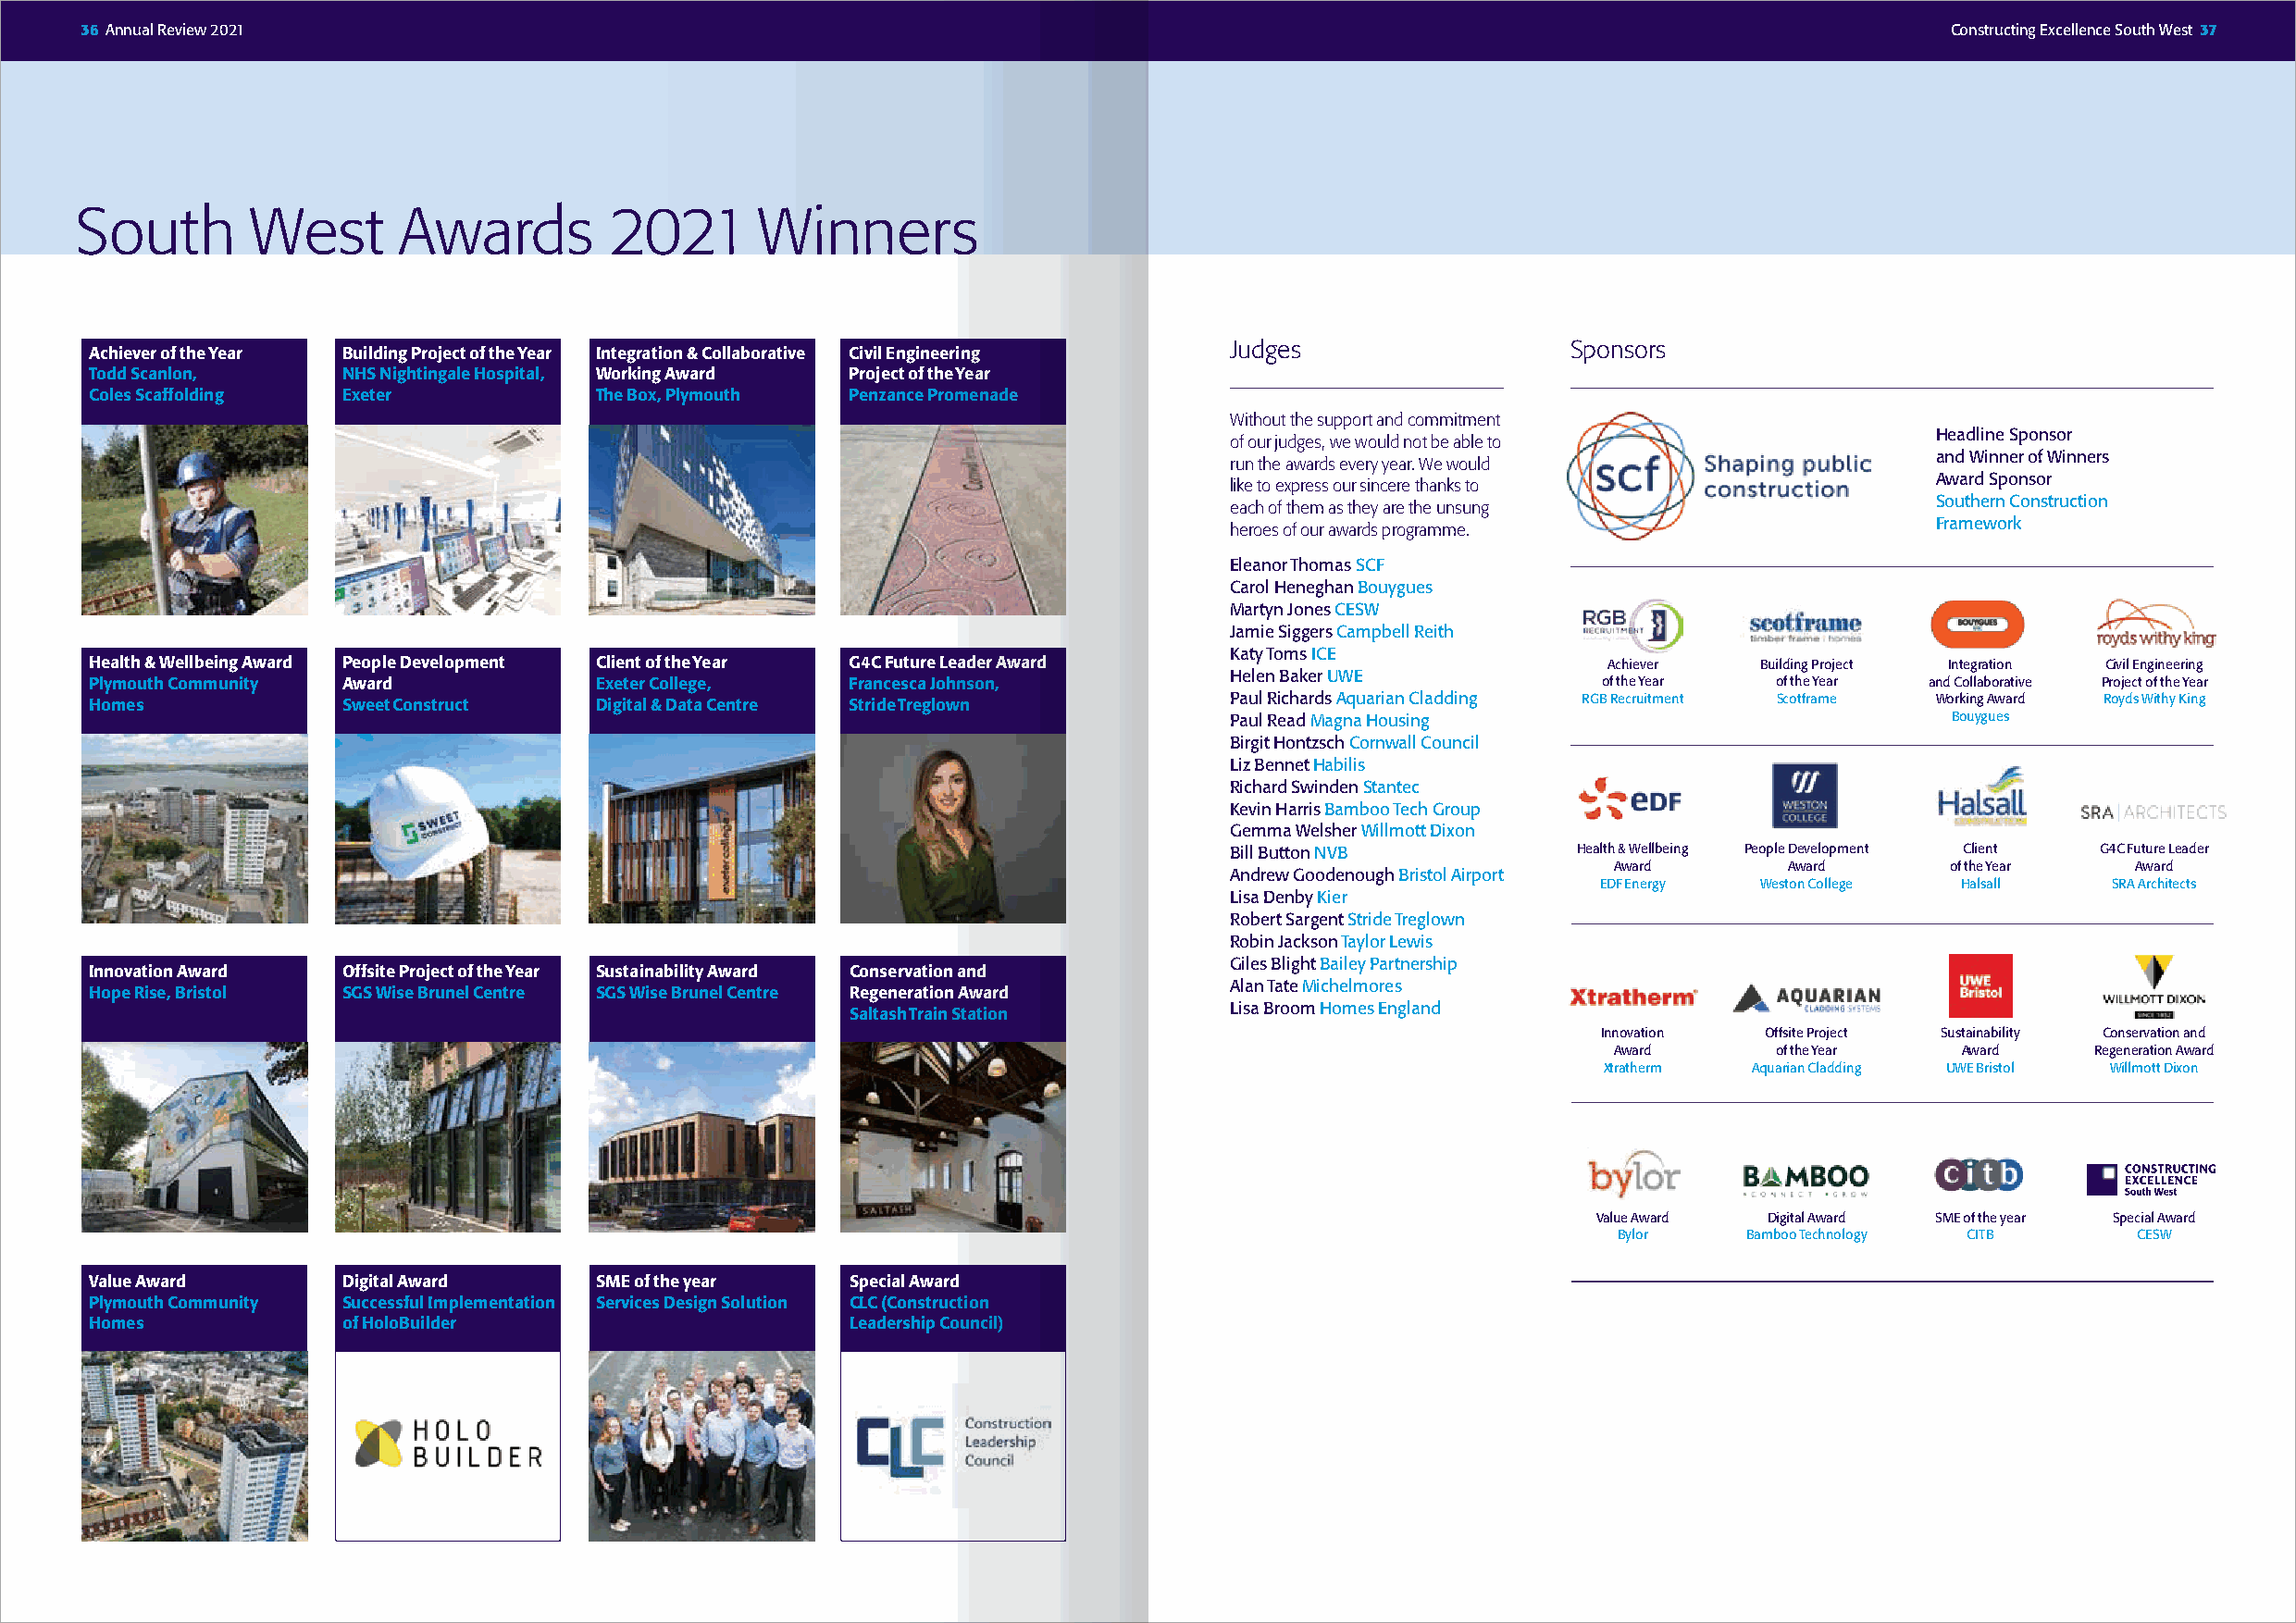
36 Annual Review 2021                                                                                                                 Constructing Excellence South West 37
 South        West       Awards         2021      Winners
 Judges                  Sponsors
 Achiever of the Year Building Project of the Year Integration & Collaborative Civil Engineering
 Todd Scanlon,     NHS Nightingale Hospital, Working Award Project of the Year
 Coles Scaffolding Exeter             The Box, Plymouth Penzance Promenade
 Without the support and commitment
 Headline Sponsor
 of our judges, we would not be able to
 and Winner of Winners
 run the awards every year. We would
 Award Sponsor
 like to express our sincere thanks to
 Southern Construction
 each of them as they are the unsung
 Framework
 heroes of our awards programme.
 Eleanor Thomas SCF
 Carol Heneghan Bouygues
 Martyn Jones CESW
 Jamie Siggers Campbell Reith
 Katy Toms ICE
 Health & Wellbeing Award People Development Client of the Year G4C Future Leader Award                       Achiever   Building Project Integration Civil Engineering
 Helen Baker UWE
 Plymouth Community Award             Exeter College,   Francesca Johnson,                                    of the Year of the Year and Collaborative Project of the Year
 Homes             Sweet Construct    Digital & Data Centre Stride Treglown        Paul Richards Aquarian Cladding RGB Recruitment Scotframe Working Award Royds Withy King
 Paul Read Magna Housing                             Bouygues
 Birgit Hontzsch Cornwall Council
 Liz Bennet Habilis
 Richard Swinden Stantec
 Kevin Harris Bamboo Tech Group
 Gemma Welsher Willmott Dixon
 Bill Button NVB          Health & Wellbeing People Development Client G4C Future Leader
 Award        Award      of the Year   Award
 Andrew Goodenough Bristol Airport
 EDF Energy  Weston College Halsall   SRA Architects
 Lisa Denby Kier
 Robert Sargent Stride Treglown
 Robin Jackson Taylor Lewis
 Giles Blight Bailey Partnership
 Innovation Award  Offsite Project of the Year Sustainability Award Conservation and
 Alan Tate Michelmores
 Hope Rise, Bristol SGS Wise Brunel Centre SGS Wise Brunel Centre Regeneration Award
 Lisa Broom Homes England
 Saltash Train Station
 Innovation  Offsite Project Sustainability Conservation and
 Award       of the Year  Award     Regeneration Award
 Xtratherm Aquarian Cladding UWE Bristol Willmott Dixon
 Value Award Digital Award SME of the year Special Award
 Bylor    Bamboo Technology CITB      CESW
 Value Award       Digital Award      SME of the year   Special Award
 Plymouth Community Successful Implementation Services Design Solution CLC (Construction
 Homes             of HoloBuilder                       Leadership Council)